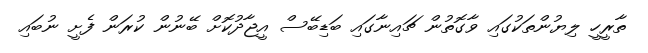
ތާރީހީ ލިޔުންތަކުގައި ވާގޮތުން ޗައިނާގައި ބަޑިބޭސް އީޖާދުކޮށް ބޭނުން ކުރަން ފެށީ ނުބައި